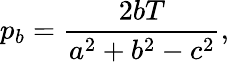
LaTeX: p_{b}={\frac{2bT}{a^{2}+b^{2}-c^{2}}},